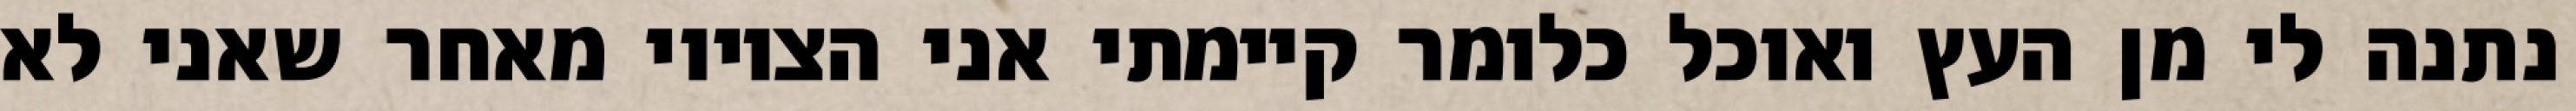
נתנה לי מן העץ ואוכל כלומר קיימתי אני הציווי מאחר שאני לא